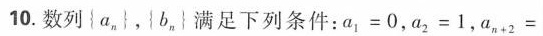
10.数列{a_{n}}，|b_{n}}满足下列条件：$$a _ { 1 } = 0$$，$$a _ { 2 } = 1$$，$$a _ { n + 2 } =